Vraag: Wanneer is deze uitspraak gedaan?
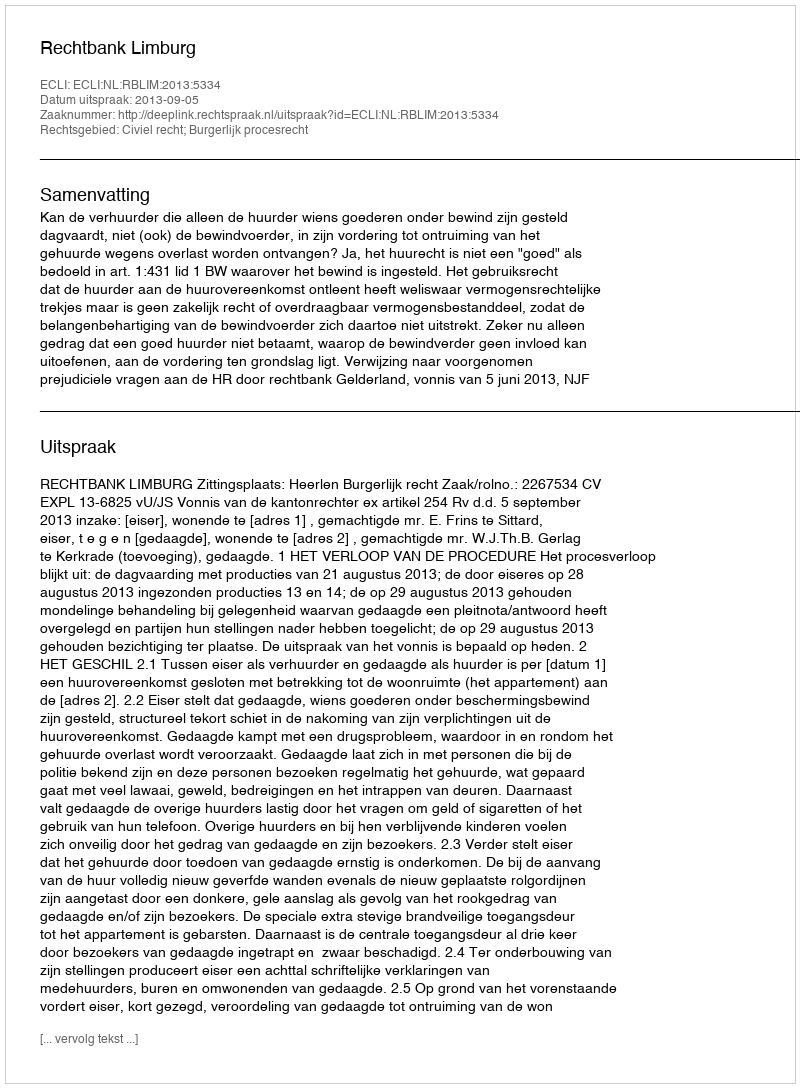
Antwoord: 2013-09-05